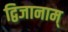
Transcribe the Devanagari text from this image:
द्विजानाम्